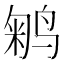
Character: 𱊇